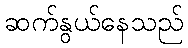
ဆက်နွယ်နေသည်